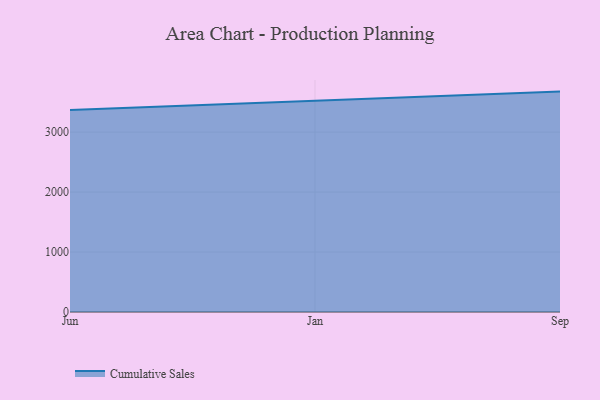
{"axis": {"x": "Month", "y": "Bounce Rate (%)"}, "legend": ["Cumulative Sales"], "data": [{"x": "Jun", "y": 3366.3, "type": "Cumulative Sales"}, {"x": "Jan", "y": 3526.1, "type": "Cumulative Sales"}, {"x": "Sep", "y": 3675.1, "type": "Cumulative Sales"}]}